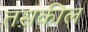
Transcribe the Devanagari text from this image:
तस़कील